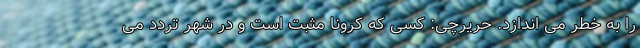
را به خطر می اندازد. حریرچی: کسی که کرونا مثبت است و در شهر تردد می